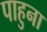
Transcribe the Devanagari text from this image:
पाहुना